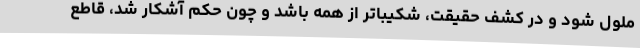
ملول شود و در کشف حقیقت، شکیباتر از همه باشد و چون حکم آشکار شد، قاطع